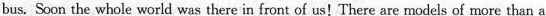
bus. Soon the whole world was there in front of us!There are models of more than a